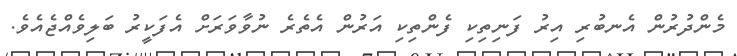
މެންދުރުން އެނބުރި އިރު ފަނިތިކި ފެންތިކި އަރުން އެތެރެ ނުވާވަރަށް އެފަކީރު ބަލިވެއްޖެއެވެ.